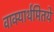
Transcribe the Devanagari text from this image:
वाक्यार्थमितये